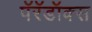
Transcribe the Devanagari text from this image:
पॅरॅडॉक्स